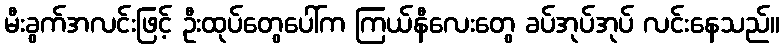
မီးခွက်အလင်းဖြင့် ဦးထုပ်တွေပေါ်က ကြယ်နီလေးတွေ ခပ်အုပ်အုပ် လင်းနေသည်။